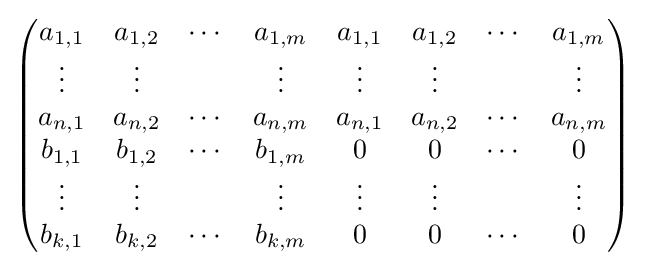
{\begin{pmatrix}a_{1,1}&a_{1,2}&\cdots &a_{1,m}&a_{1,1}&a_{1,2}&\cdots &a_{1,m}\\\vdots &\vdots &&\vdots &\vdots &\vdots &&\vdots \\a_{n,1}&a_{n,2}&\cdots &a_{n,m}&a_{n,1}&a_{n,2}&\cdots &a_{n,m}\\b_{1,1}&b_{1,2}&\cdots &b_{1,m}&0&0&\cdots &0\\\vdots &\vdots &&\vdots &\vdots &\vdots &&\vdots \\b_{k,1}&b_{k,2}&\cdots &b_{k,m}&0&0&\cdots &0\end{pmatrix}}